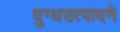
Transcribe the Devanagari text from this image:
दुग्धउत्पादने